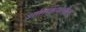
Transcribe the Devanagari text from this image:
आंतर्क्रियेतील